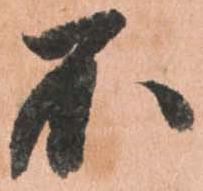
不